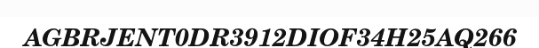
AGBRJENT0DR3912DIOF34H25AQ266